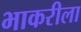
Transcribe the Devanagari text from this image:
भाकरीला